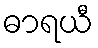
ဓာရယီ